Indian journal of veterinary science and animal husbandry - Volume 14,
Year: 1944
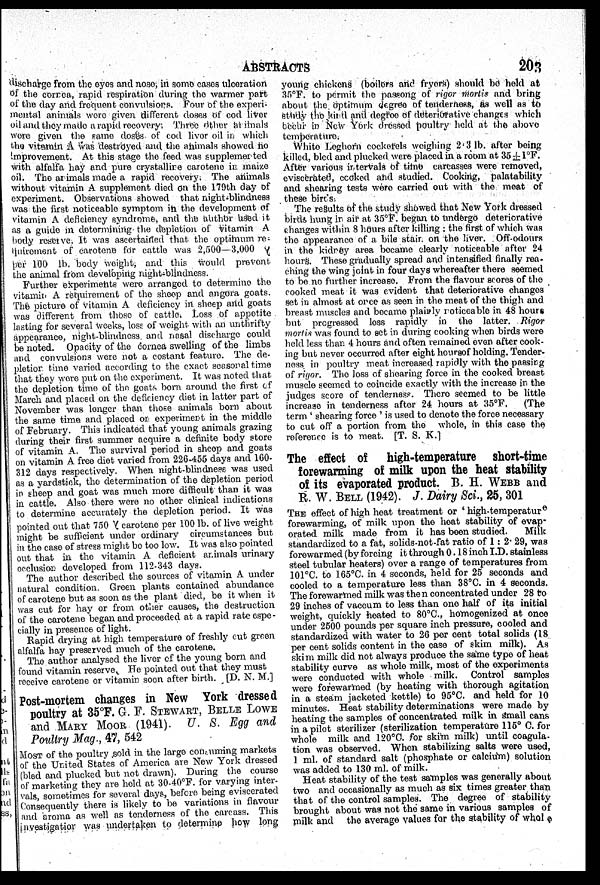
ABSTRACTS
203
discharge from the eyes and nose, in some cases ulceration
of the correa, rapid respiration during the warmer part
of the day and frequent convulsions. Four of the experi
mental animals were given different doses of cod liver
oil and they made a rapid recovery. Three other animals
were given the same doses of cod liver oil in which
the vitamin A was destroyed and the animals showed no
improvement. At this stage the feed was supplemented
with alfalfa hay and pure crystallire carotene in maize
oil. The animals made a rapid recovery. The animals
without vitamin A supplement died on the 179th day of
experiment. Observations showed that night blindness
was the first noticeable symptom in the development of
vitamin A deficiency syndrome, and the author used it
as a guide in determining the depletion of vitamin A
body reserve. It was ascertained that the optimum re
quirement of carotene for cattle was 2,500—3,000 γ
per 100 lb. body weight, and this would prevent
the animal from developing night-blindness.
Further experiments were arranged to determine the
vitamin A requirement of the sheep and angora goats.
The picture of vitamin A deficiency in sheep and goats
was different from those of cattle. Loss of appetite
lasting for several weeks, loss of weight with an unthrifty
appearance, night-blindness and nasal discharge could
be noted. Opacity of the cornea swelling of the limbs
and convulsions were not a costant feature. The de-
pletion time varied according to the exact seasonal time
that they were put on the experiment. It was noted that
the depletion time of the goats born around the first of
March and placed on the deficiency diet in latter part of
November was longer than those animals born about
the same time and placed on experiment in the middle
of February. This indicated that young animals grazing
during their first summer acquire a definite body store
of vitamin A. The survival period in sheep and goats
on vitamin A free diet varied from 226-455 days and 160-
312 days respectively. When night-blindness was used
as a yardstick, the determination of the depletion period
in sheep and goat was much more difficult than it was
in cattle. Also there were no other clinical indications
to determine accurately the depletion period. It was
pointed out that 750 γ carotene per 100 lb. of live weight
might be sufficient under ordinary circumstances but
in the case of stress might be too low. It was also pointed
out that in the vitamin A deficient animals urinary
occlusion developed from 112-343 days.
The author described the sources of vitamin A under
natural condition. Green plants contained abundance
of carotene but as soon as the plant died, be it when it
was cut for hay or from other causes, the destruction
of the carotene began and proceeded at a rapid rate espe
cially in presence of light.
Rapid drying at high temperature of freshly cut green
alfalfa hay preserved much of the carotene.
The author analysed the liver of the young born and
found vitamin reserve. He pointed out that they must
receive carotene or vitamin soon after birth. [D. N. M.]
Post-mortem changes in New York dressed
poultry at 35°F. G. F. STEWART, BELLE LOWE
and MARY MOOR (1941). U. S. Egg and
Poultry Mag., 47, 542
MOST of the poultry sold in the large consuming markets
of the United States of America are New York dressed
(bled and plucked but not drawn). During the course
of marketing they are held at 30-40°F. for varying inter
vals, sometimes for several days, before being eviscerated
Consequently there is likely to be variations in flavour
and aroma as well as tenderness of the carcass. This
investigation was undertaken to determine how long
young chickens (boilers and fryers) should be held at
35°F. to permit the passong of rigor mortis and bring
about the optimum degree of tenderness, as well as to
study the kind and degree of deteriorative changes which
occur in New York dressed poultry held at the above
temperature.
White Leghorn cockerels weighing 2.3 lb. after being
killed, bled and plucked were placed in a room at 35±1°F.
After various intervals of time carcasses were removed,
eviscerated, ccoked and studied. Cooking, palatability
and shearing tests were carried out with the meat of
these birds.
The results of the study showed that New York dressed
birds hung in air at 35°F. began to undergo deteriorative
changes within 8 hours after killing : the first of which was
the appearance of a bile stair on the liver. Off-odours
in the kidney area became clearly noticeable after 24
hours. These gradually spread and intensified finally rea
ching the wing joint in four days whereafter there seemed
to be no further increase. From the flavour scores of the
cooked meat it was evident that deteriorative changes
set in almost at once as seen in the meat of the thigh and.
breast muscles and became plainly noticeable in 48 hours
but progressed less rapidly in the latter. Rigor
mortis was found to set in during cooking when birds were
held less than 4 hours and often remained even after cook
ing but never occurred after eight hoursof holding. Tender
ness in poultry meat increased rapidly with the passing
of rigor. The loss of shearing force in the cooked breast
muscle seemed to coincide exactly with the increase in the
judges score of tenderness. There seemed to be little
increase in tenderness after 24 hours at 35°F.
(The
term 'shearing force' is used to denote the force necessary
to cut off a portion from the whole, in this case the
reference is to meat. [T. S. K.]
The effect of high-temperature short-time
forewarming of milk upon the heat stability
of its evaporated product. B. H. WEBB and
R. W. BELL (1942). J. Dairy Sci., 25, 301
THE effect of high heat treatment or 'high-temperatur e
forewarming, of milk upon the heat stability of evap
orated milk made from it has been studied.
Milk
standardized to a fat, solids-not-fat ratio of 1: 2.29, was
forewarmed (by forcing it through 0.18 inch I.D. stainless
steel tubular heaters) over a range of temperatures from
101°C. to 165°C. in 4 seconds, held for 25 seconds and
cooled to a temperature less than 38°C. in 4 seconds.
The forewarmed milk was then concentrated under 28 to
29 inches of vaccum to less than one half of its initial
weight, quickly heated to 80°C., homogenized at once
under 2500 pounds per square inch pressure, cooled and
standardized with water to 26 per cent total solids (18
per cent solids content in the case of skim milk). As
skim milk did not always produce the same type of heat
stability curve as whole milk, most of the experiments
were conducted with whole milk. Control samples
were forewarmed (by heating with thorough agitation
in a steam jacketed kettle) to 95°C. and held for 10
minutes. Heat stability determinations were made by
heating the samples of concentrated milk in small cans
in a pilot sterilizer (sterilization temperature 115° C. for
whole milk and 120°C. for skim milk) until coagula
tion was observed. When stabilizing salts were used,
1 ml. of standard salt (phosphate or calcium) solution
was added to 130 ml. of milk.
Heat stability of the test samples was generally about
two and occasionally as much as six times greater than
that of the control samples. The degree of stability
brought about was not the same in various samples of
milk and the average values for the stability of whole